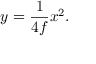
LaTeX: y = { \frac { 1 } { 4 f } } x ^ { 2 } .